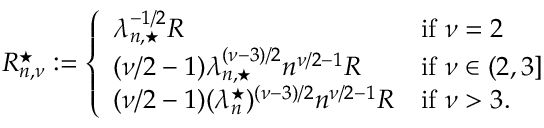
\begin{array} { r } { R _ { n , \nu } ^ { \star } : = \left\{ \begin{array} { l l } { \lambda _ { n , \star } ^ { - 1 / 2 } R } & { \mathrm { i f ~ } \nu = 2 } \\ { ( \nu / 2 - 1 ) \lambda _ { n , \star } ^ { ( \nu - 3 ) / 2 } n ^ { \nu / 2 - 1 } R } & { \mathrm { i f ~ } \nu \in ( 2 , 3 ] } \\ { ( \nu / 2 - 1 ) ( \lambda _ { n } ^ { \star } ) ^ { ( \nu - 3 ) / 2 } n ^ { \nu / 2 - 1 } R } & { \mathrm { i f ~ } \nu > 3 . } \end{array} \right. } \end{array}